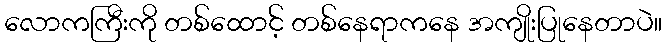
လောကကြီးကို တစ်ထောင့် တစ်နေရာကနေ အကျိုးပြုနေတာပဲ။